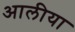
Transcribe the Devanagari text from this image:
आलीया